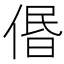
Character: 𠊽